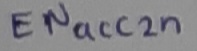
Text: ENacc2n